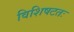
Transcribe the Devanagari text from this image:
विशिषटतः